Scientific memoirs by medical officers of the Army of India - Part III,
Year: 1887
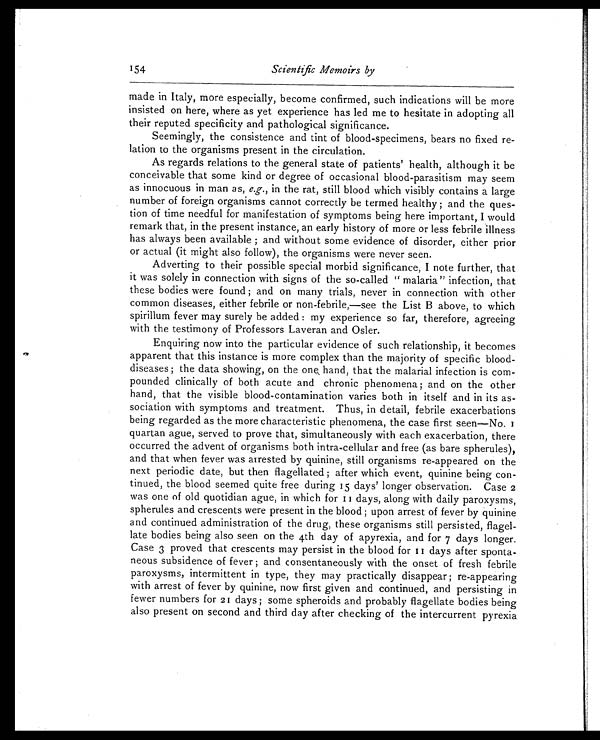
154
Scientific Memoirs by
made in Italy, more especially, become confirmed, such indications will be more
insisted on here, where as yet experience has led me to hesitate in adopting all
their reputed specificity and pathological significance.
Seemingly, the consistence and tint of blood-specimens, bears no fixed re-
lation to the organisms present in the circulation.
As regards relations to the general state of patients’ health, although it be
conceivable that some kind or degree of occasional blood-parasitism may seem
as innocuous in man as, e.g., in the rat, still blood which visibly contains a large
number of foreign organisms cannot correctly be termed healthy ; and the ques-
tion of time needful for manifestation of symptoms being here important, I would
remark that, in the present instance, an early history of more or less febrile illness
has always been available ; and without some evidence of disorder, either prior
or actual (it might also follow), the organisms were never seen.
Adverting to their possible special morbid significance, I note further, that
it was solely in connection with signs of the so-called “ malaria ” infection, that
these bodies were found ; and on many trials, never in connection with other
common diseases, either febrile or non-febrile,—see the List B above, to which
spirillum fever may surely be added : my experience so far, therefore, agreeing
with the testimony of Professors Laveran and Osler.
Enquiring now into the particular evidence of such relationship, it becomes
apparent that this instance is more complex than the majority of specific blood-
diseases ; the data showing, on the one hand, that the malarial infection is com-
pounded clinically of both acute and chronic phenomena ; and on the other
hand, that the visible blood-contamination varies both in itself and in its as-
sociation with symptoms and treatment. Thus, in detail, febrile exacerbations
being regarded as the more characteristic phenomena, the case first seen—No. 1
quartan ague, served to prove that, simultaneously with each exacerbation, there
occurred the advent of organisms both intra-cellular and free (as bare spherules),
and that when fever was arrested by quinine, still organisms re-appeared on the
next periodic date, but then flagellated ; after which event, quinine being con-
tinued, the blood seemed quite free during 15 days’ longer observation. Case 2
was one of old quotidian ague, in which for 11 days, along with daily paroxysms,
spherules and crescents were present in the blood ; upon arrest of fever by quinine
and continued administration of the drug, these organisms still persisted, flagel-
late bodies being also seen on the 4th day of apyrexia, and for 7 days longer.
Case 3 proved that crescents may persist in the blood for 11 days after sponta-
neous subsidence of fever ; and consentaneously with the onset of fresh febrile
paroxysms, intermittent in type, they may practically disappear ; re-appearing
with arrest of fever by quinine, now first given and continued, and persisting in
fewer numbers for 21 days ; some spheroids and probably flagellate bodies being
also present on second and third day after checking of the intercurrent pyrexia